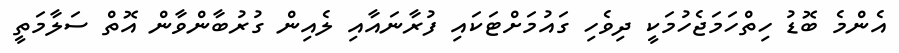
އެންމެ ބޮޑު ހިތްހަމަޖެހުމަކީ ދިވެހި ގައުމަށްޓަކައި ފުރާނައާއި ލެއިން ގުރުބާންވާން އޮތް ސަލާމަތީ